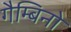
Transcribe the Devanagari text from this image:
गैम्बिनो